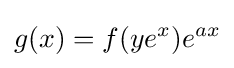
g(x)=f(ye^{x})e^{ax}